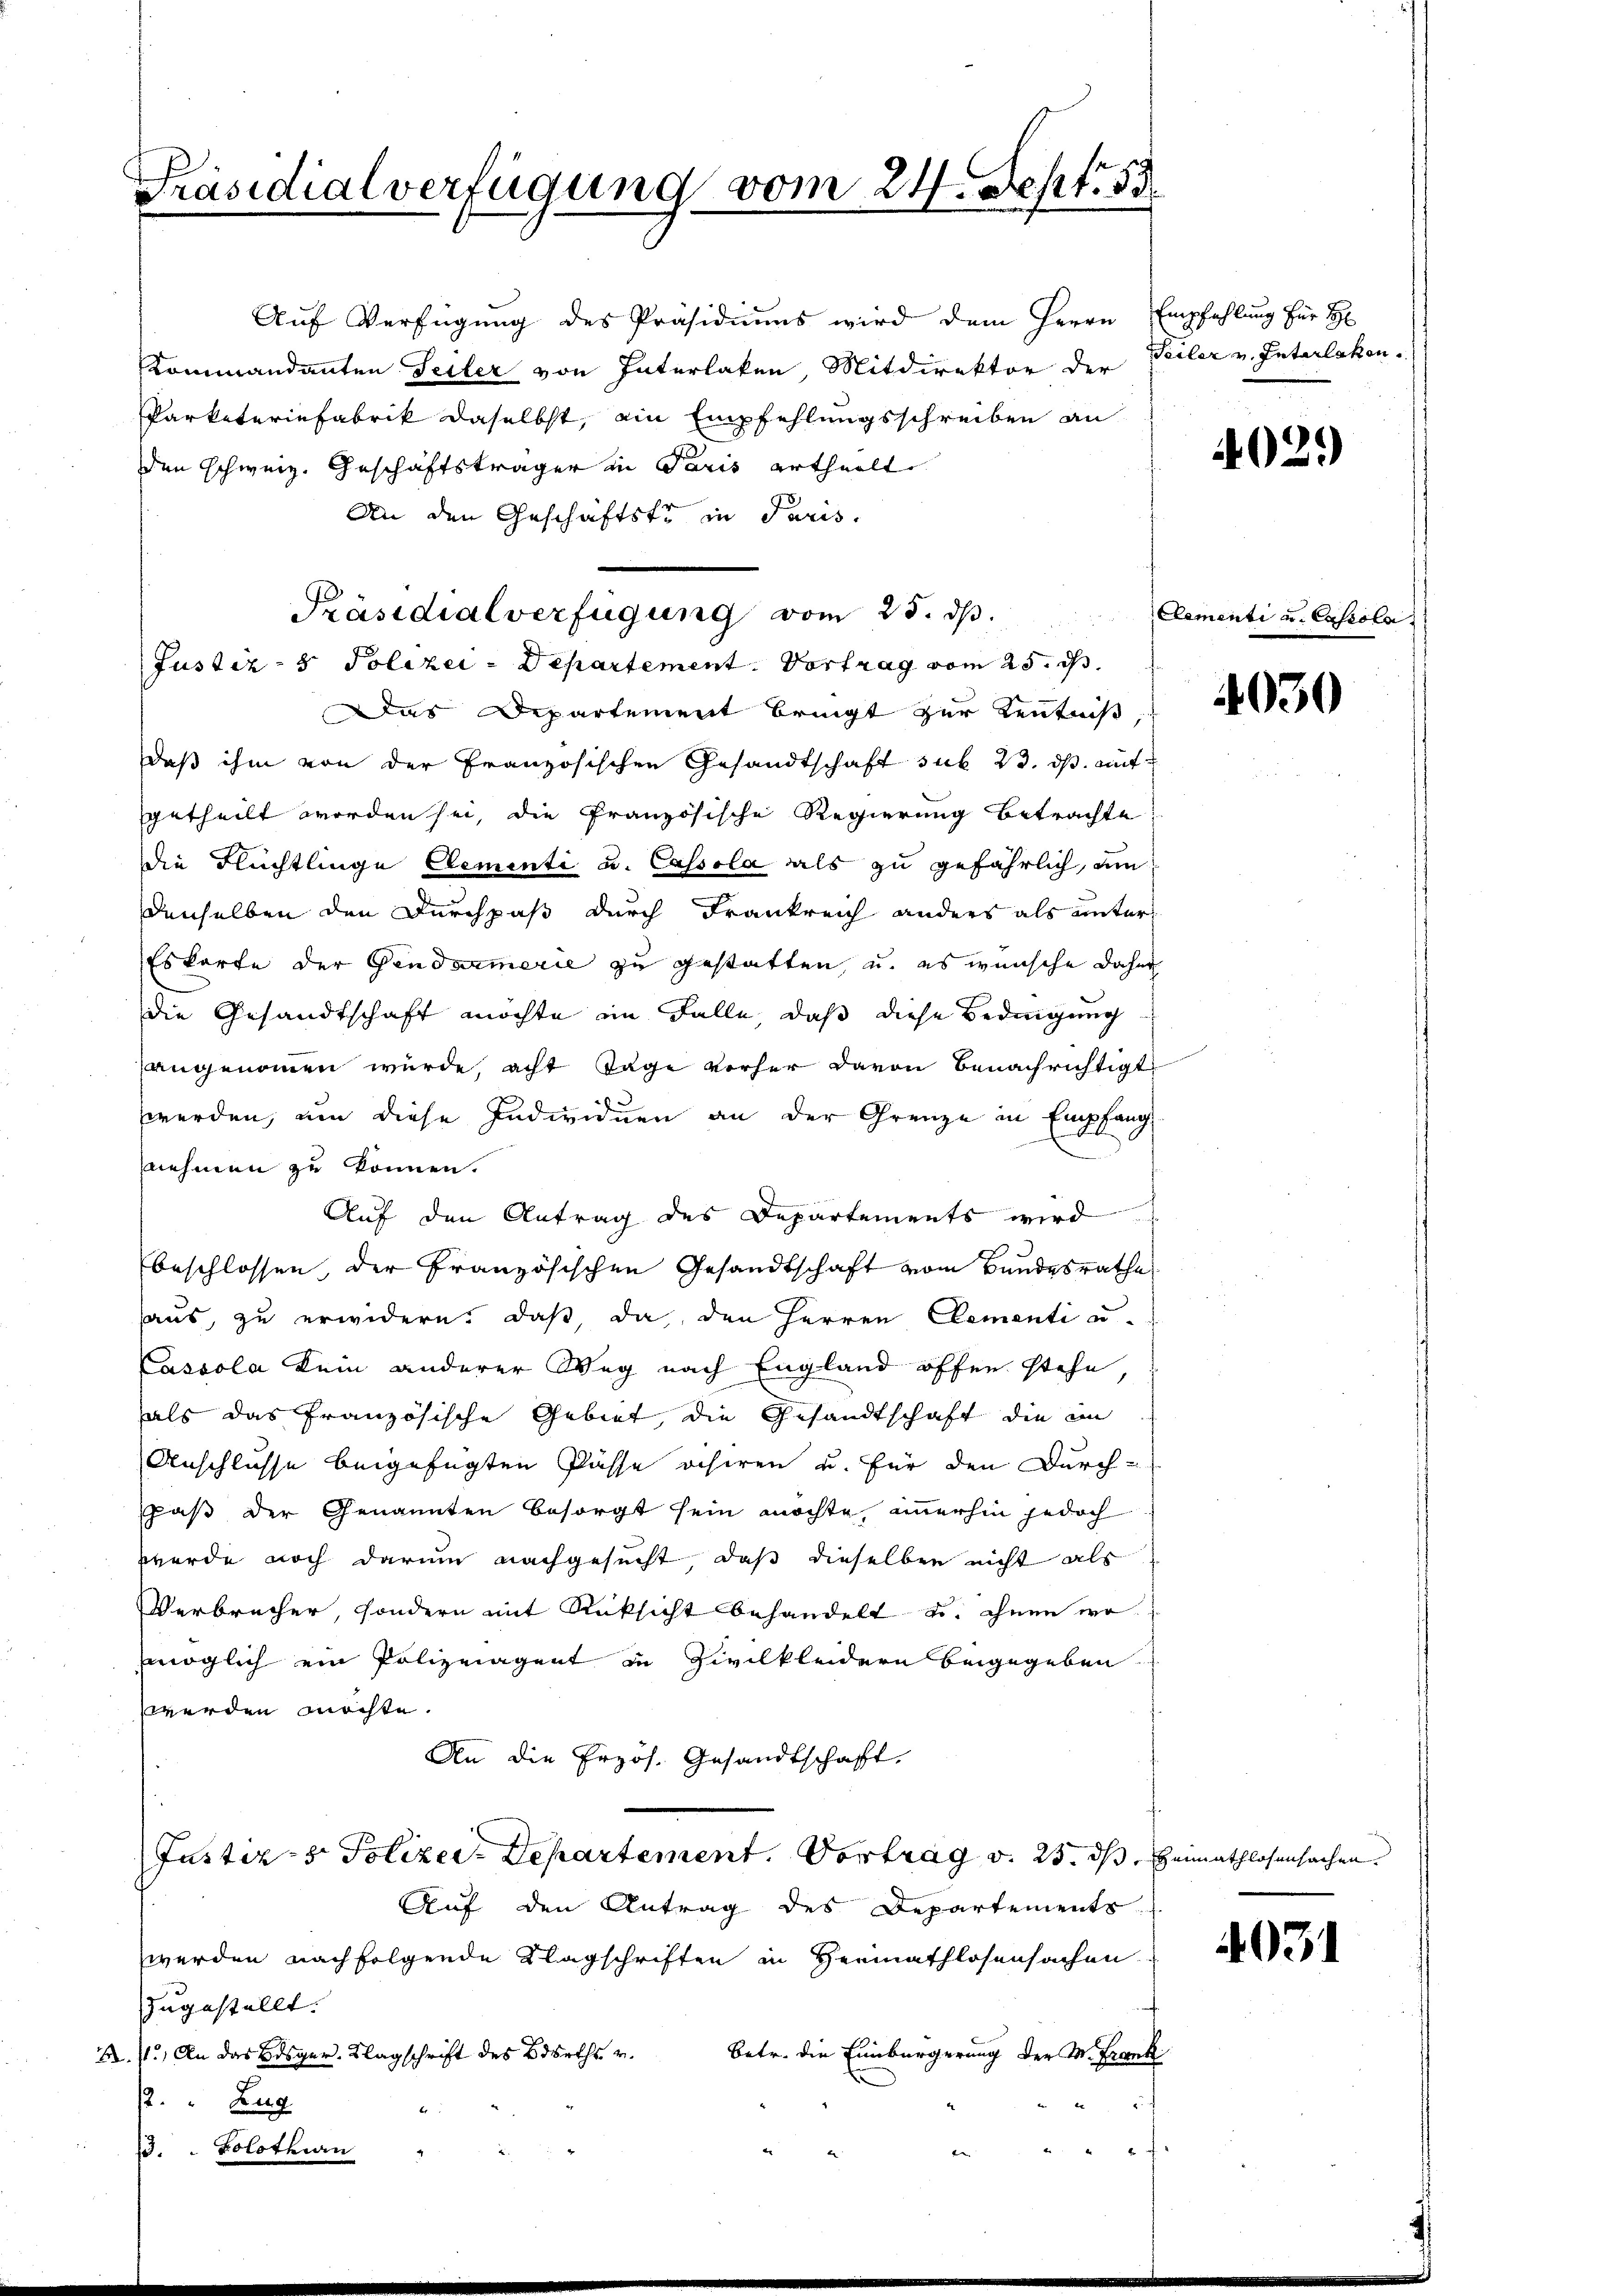
Präsidialverfügung vom 24. Sept. 55

Auf Verfügung des Präsidiums wird dem Herrn Empfehlung für H
Kommandanten Teiler von Interlaken, Mitdirektor der Teiler v. Interlaken.
Parketeriefabrik daselbst, ein Empfehlungsschreiben an
den schweiz. Geschäftsträger in Paris ertheilt.
An den Geschäftste in Paris.
Das Departement bringt zur Kenntniß
daß ihm von der Französischen Gesandtschaft sub 23. ds. auf
getheilt worden sei, die Französische Regierung betrachte,
die Flüchtlinge Elementi u. Cassola als zu gefährlich, um
denselben den Durchpaß durch Frankreich anders als unter¬
Eskarte der Gendarmerie zu gestatten, u. es wünsche daher
die Gesandtschaft möchte im Falle, daß diese Bedingung
angenommen wurde, acht Tage vorher davon benachrichtigt
werden, um diese Individuen an der Grenze in Empfang
nehmen zu können.
Auf den Antrag des Departements wird
beschlossen, der Französischen Gesandtschaft vom Bundesrathe
aus, zu erwidern, daß da, den Herren Clementi u
Cassola kein anderer Weg nach England offen stehe,
als das französische Gebiet, die Gesandtschaft die in
Anschlusse beigefügten Pässe visiren u. für den Durch-
paß der Genannten besorgt sein möchte, immerhin jedoch
werde noch darum nachgesucht, daß dieselben nicht als
Verbrecher, sondern mit Rücksicht behandelt u. ihnen wo
möglich ein Polizeiagent in Zivilkleidern beigegeben
werden möchte.
An die Erzös. Gesandtschaft.
Justiz- & Polizer-Departement. Vortrag v. 23. ds. Heimathlosensachen.
Auf den Antrag des Departements
werden nachfolgende Klagschriften in Hermathlosensachen.
zugestellt.
2./1. An das Bisger. Klagschrift des Bdsrths u. betr. die Einbürgerung der M. Frank
2. Zug
13. Solothurn

f

Präsidialverfügung vom 25. ds.
Justiz- & Polizei-Departement. Vortrag vom 25. d.

Elementi

4029)

4030

u. Exscola

4031